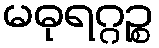
မဓုရဂ္ဂဉ္စ